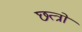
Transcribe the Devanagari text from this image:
छत्त्रो